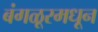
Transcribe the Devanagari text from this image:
बंगळूरमधून